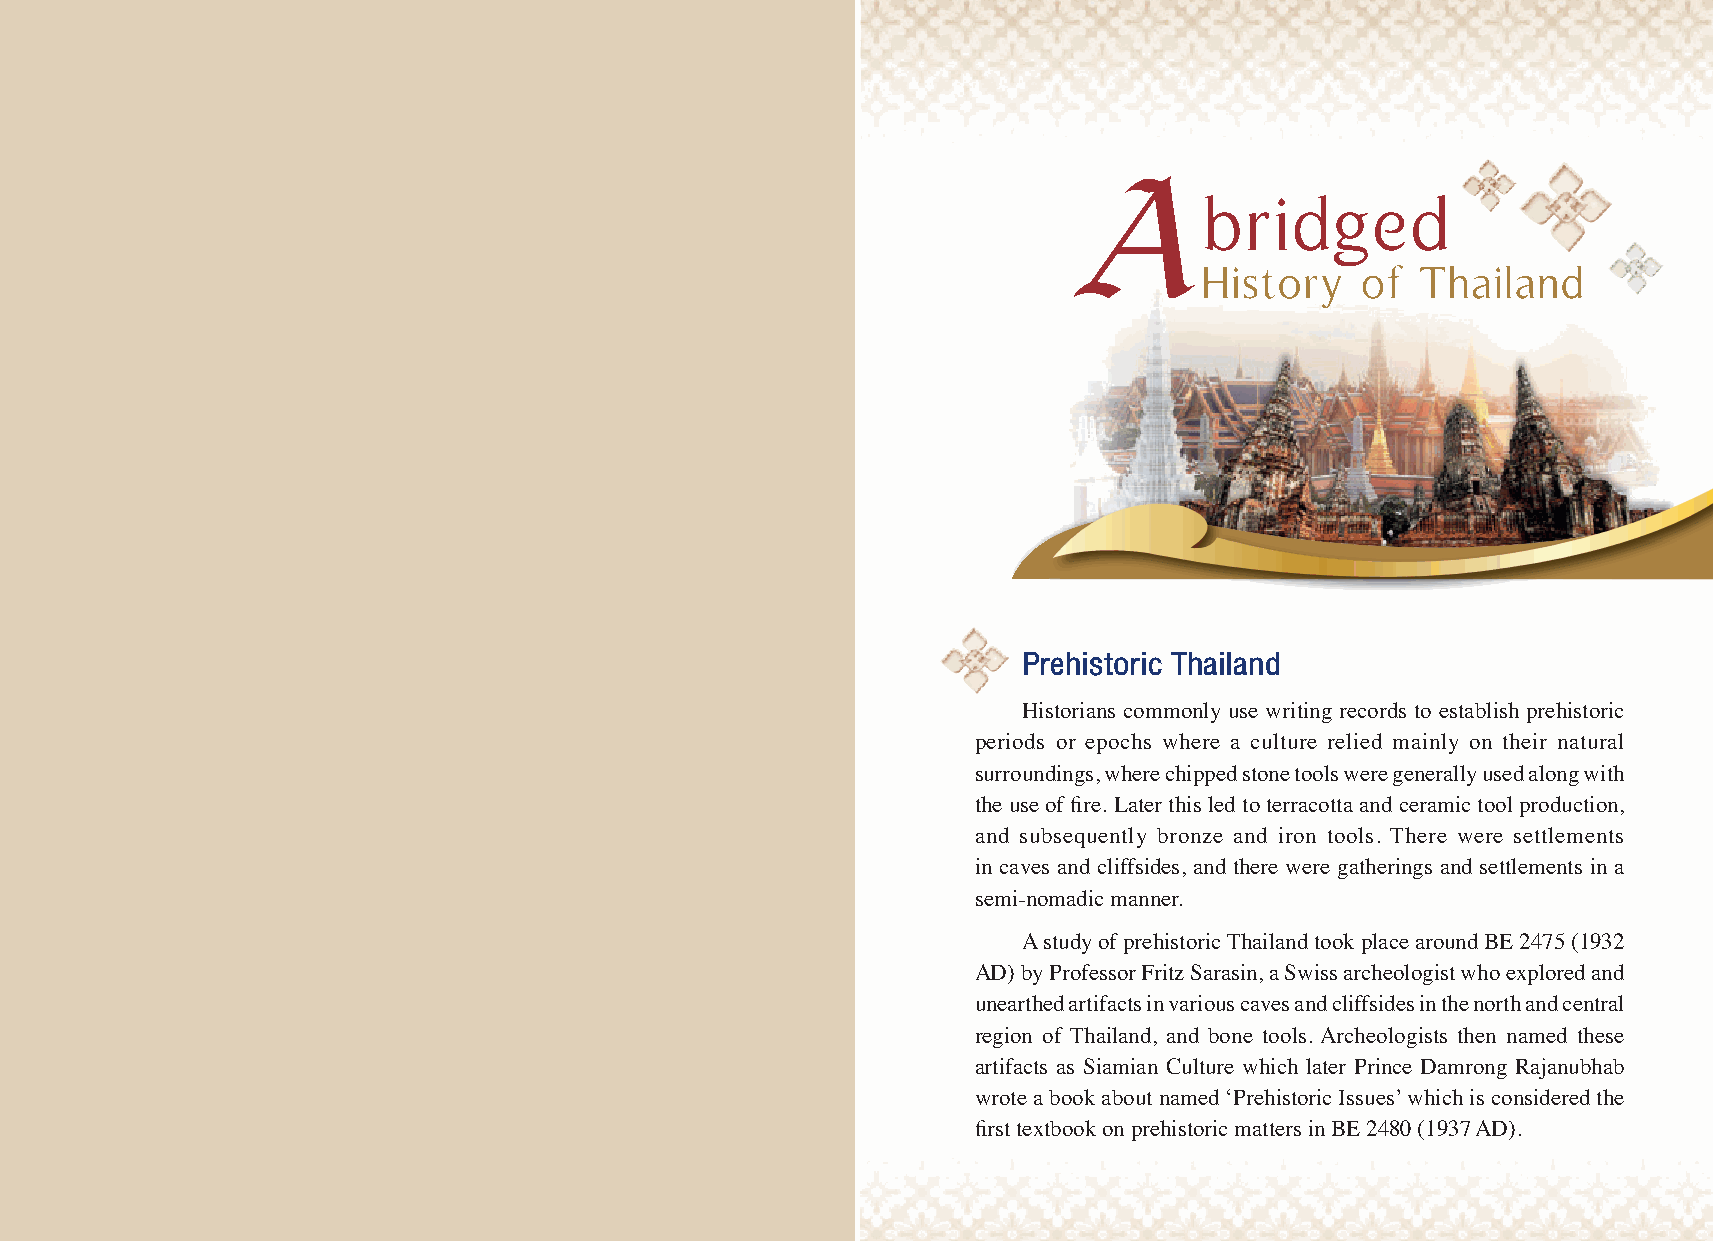
A
 bridged
 History    of  Thailand
 Prehistoric Thailand
 Historians commonly use writing records to establish prehistoric
 periods or epochs where a culture relied mainly on their natural
 surroundings, where chipped stone tools were generally used along with
 the use of fire. Later this led to terracotta and ceramic tool production,
 and subsequently bronze and iron tools. There were settlements
 in caves and cliffsides, and there were gatherings and settlements in a
 semi-nomadic manner.
 A study of prehistoric Thailand took place around BE 2475 (1932
 AD) by Professor Fritz Sarasin, a Swiss archeologist who explored and
 unearthed artifacts in various caves and cliffsides in the north and central
 region of Thailand, and bone tools. Archeologists then named these
 artifacts as Siamian Culture which later Prince Damrong Rajanubhab
 wrote a book about named ‘Prehistoric Issues’ which is considered the
 first textbook on prehistoric matters in BE 2480 (1937 AD).